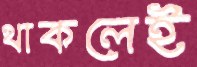
থাকলেই